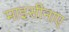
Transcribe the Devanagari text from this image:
माइसीनाए